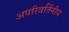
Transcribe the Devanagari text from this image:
अपरिवर्तिनीय